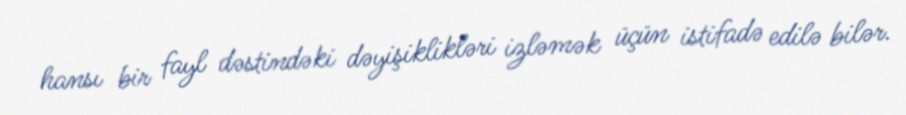
hansı bir fayl dəstindəki dəyişiklikləri izləmək üçün istifadə edilə bilər.